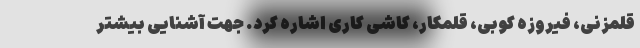
قلمزنی، فیروزه کوبی، قلمکار، کاشی کاری اشاره کرد. جهت آشنایی بیشتر